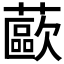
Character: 𰲊